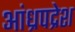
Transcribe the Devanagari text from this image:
आंध्रपद्रेश